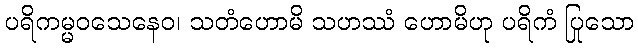
ပရိကမ္မဝသေနေဝ၊ သတံဟောမိ သဟဿံ ဟောမိဟု ပရိကံ ပြုသော